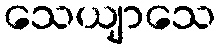
သေယျာသေ